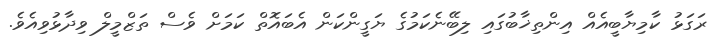
ރަގަޅު ކާމިޔާބީއެއް އިންތިޚާބުގައި ލިބޭނެކަމުގެ ޔަގީންކަން އެބައޮތް ކަމަށް ވެސް ތަޒްމީލް ވިދާޅުވިއެވެ.